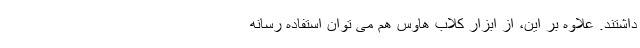
داشتند. علاوه بر این، از ابزار کلاب هاوس هم می توان استفاده رسانه